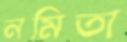
নমিতা